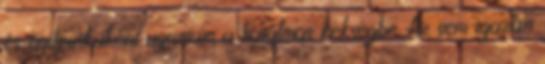
és nyílpuskaként ugrottam a hatalmas kékségbe. Az sem igazán